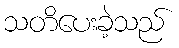
သတိပေးခဲ့သည်